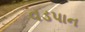
વડપાન